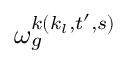
\omega _ { g } ^ { k ( k _ { l } , t ^ { \prime } , s ) }